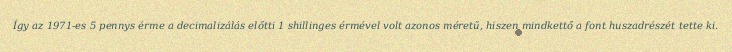
Így az 1971-es 5 pennys érme a decimalizálás előtti 1 shillinges érmével volt azonos méretű, hiszen mindkettő a font huszadrészét tette ki.